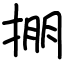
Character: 掤